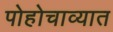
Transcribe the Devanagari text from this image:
पोहोचाव्यात